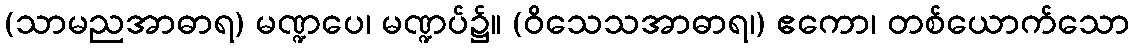
(သာမညအာဓာရ) မဏ္ဍပေ၊ မဏ္ဍပ်၌။ (ဝိသေသအာဓာရ၊) ဧကော၊ တစ်ယောက်သော